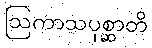
ဩကာသပုစ္ဆာတိ